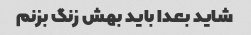
شاید بعدا باید بهش زنگ بزنم